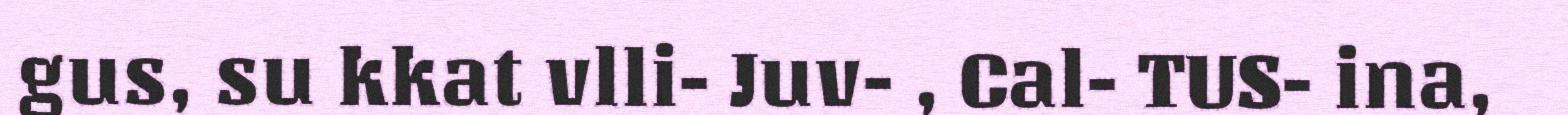
gus, su kkat vlli- Juv- , Cal- TUS- ina,